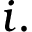
i .